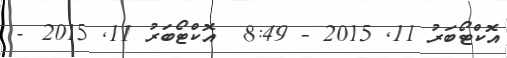
އޮކްޓޯބަރު 11